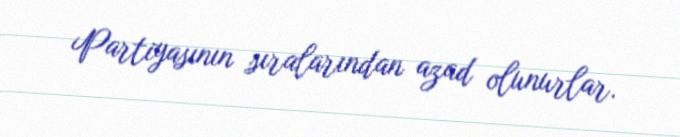
Partiyasının sıralarından azad olunurlar.